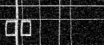
٥٨